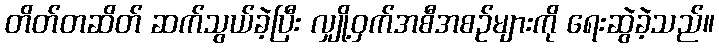
တိတ်တဆိတ် ဆက်သွယ်ခဲ့ပြီး လျှို့ဝှက်အစီအစဉ်များကို ရေးဆွဲခဲ့သည်။